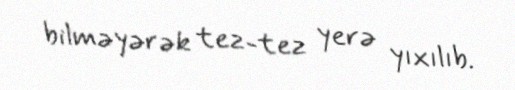
bilməyərək tez-tez yerə yıxılıb.